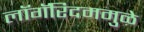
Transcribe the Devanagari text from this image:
लॉगॅरिदममुळे